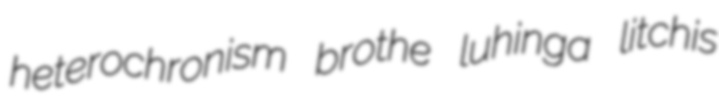
heterochronism brothe luhinga litchis